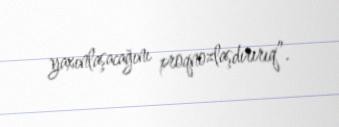
yaxınlaşacağını proqnozlaşdırırıq”.